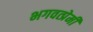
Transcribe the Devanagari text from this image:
भगवत्प्रेमी